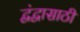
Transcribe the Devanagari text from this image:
द्वंद्वासाठी